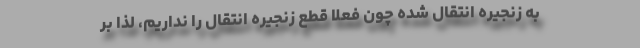
به زنجیره انتقال شده چون فعلا قطع زنجیره انتقال را نداریم، لذا بر